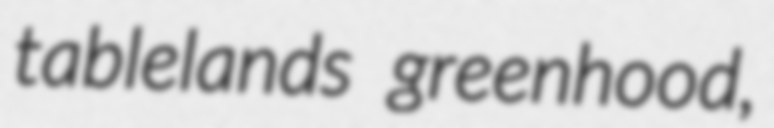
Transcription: tablelands greenhood,